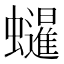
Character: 𧔷